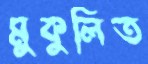
মুকুলিত